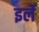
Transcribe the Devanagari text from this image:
इर्ले